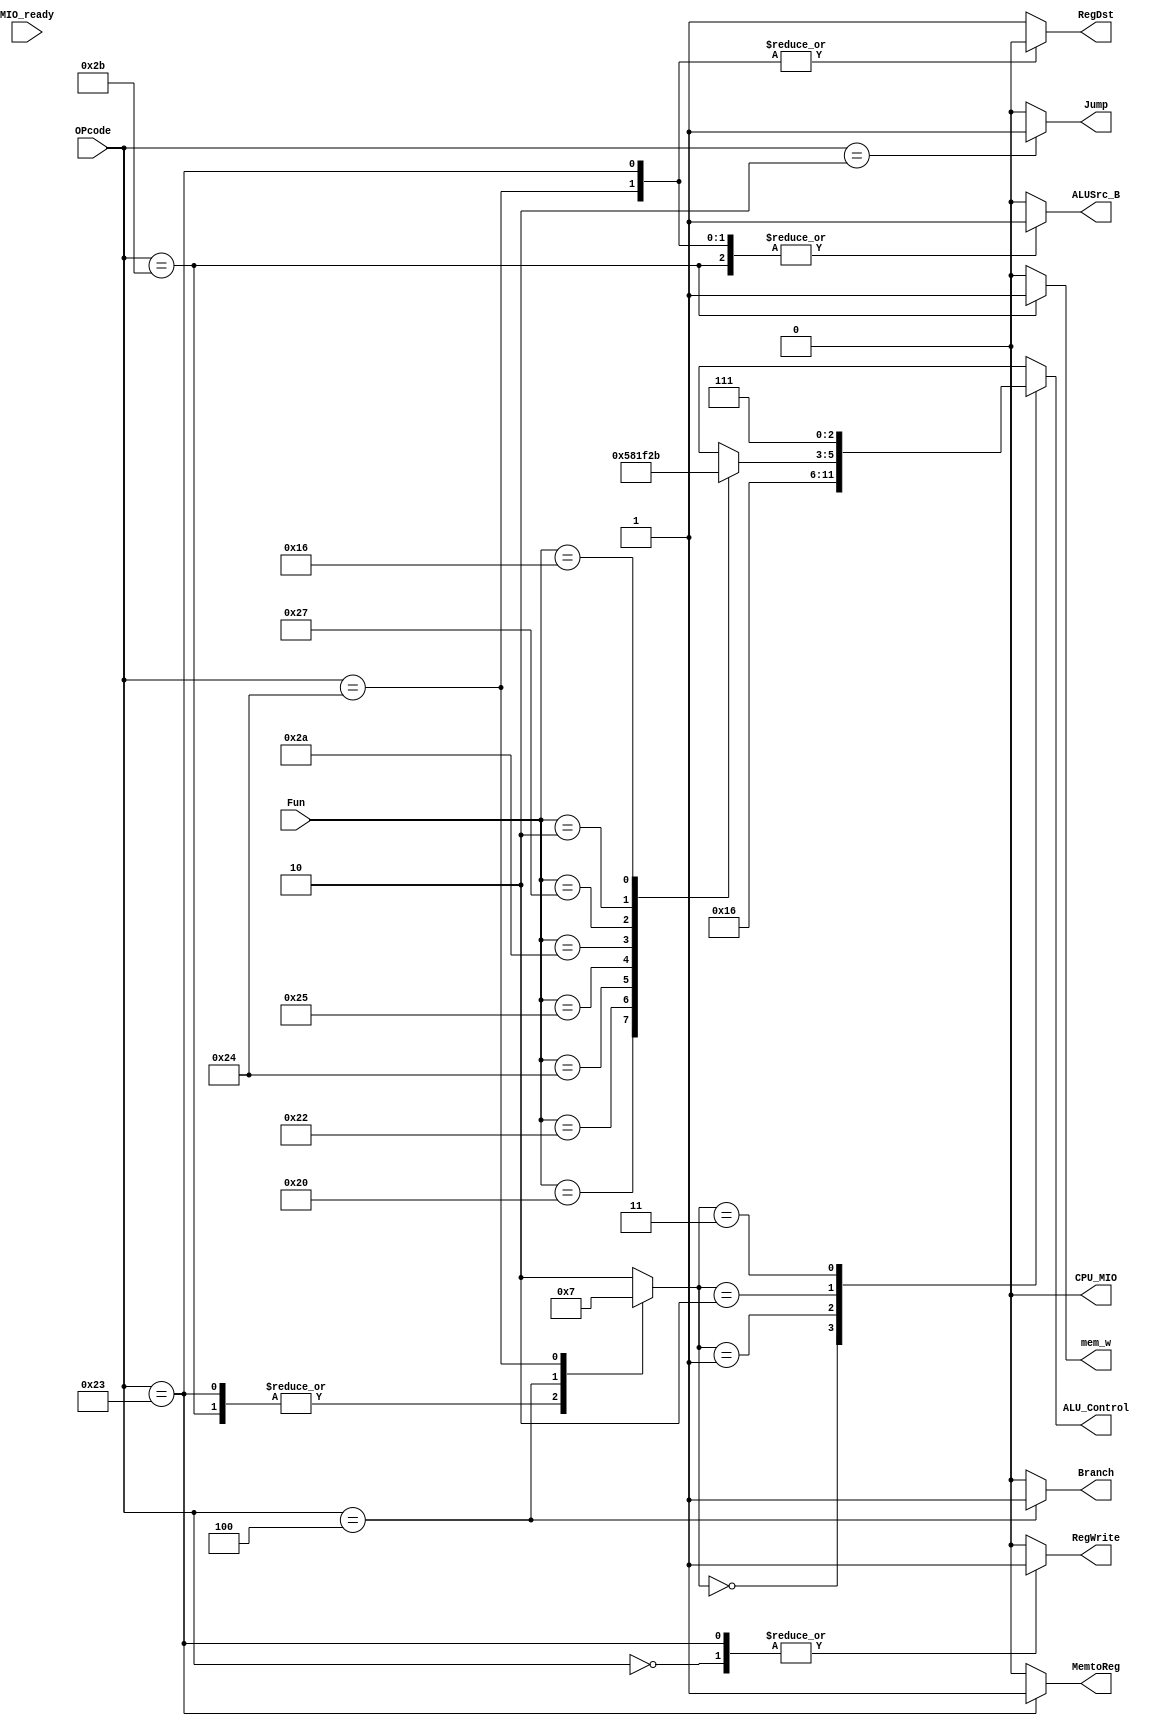
`timescale 1ns / 1ps
//////////////////////////////////////////////////////////////////////////////////
// Company: 
// Engineer: 
// 
// Design Name: 
// Module Name:    SCPU_ctrl 
// Project Name: 
// Target Devices: 
// Tool versions: 
// Description: 
//
// Dependencies: 
//
// Revision: 
// Revision 0.01 - File Created
// Additional Comments: 
//
//////////////////////////////////////////////////////////////////////////////////
module SCPU_ctrl( input[5:0]OPcode,						//OPcode
					   input[5:0]Fun,							//Function						
						input MIO_ready,						//CPU Wait
						
						output reg RegDst,
						output reg ALUSrc_B,
						output reg MemtoReg,
						output reg Jump,
						output reg Branch,
						output reg RegWrite,
						output reg mem_w,
						output reg [2:0]ALU_Control,
						output reg CPU_MIO
					  );
	
	reg [1:0]ALUop;
	
	always @* begin
		RegDst = 1;
		ALUSrc_B = 0;
		ALUop = 2'b10;
		MemtoReg = 0;
		RegWrite = 0;
		mem_w = 0;

		CPU_MIO = 0;
		Branch = 0;
		Jump = 0;
		case(OPcode)
		6'b000000: begin //AlU
						 ALUop = 2'b10;
						 RegDst = 1; 
						 RegWrite = 1;
						 end
		6'b100011: begin //load
						 ALUop = 2'b00;
						 RegDst = 0;
						 ALUSrc_B = 1;
						 MemtoReg = 1;
						 RegWrite = 1;
						 end
		6'b101011: begin //store
						 ALUop = 2'b00;
						 ALUSrc_B = 1;
						 mem_w = 1;
						 end
		6'b000100: begin ALUop = 2'b01;//beq
						 Branch = 1;
						 end
		6'b000010: begin Jump = 1; end//jump
		6'h24		: begin ALUop = 2'b11; RegDst = 0;
							  ALUSrc_B = 1;
							  end//slti
		default: ALUop = 2'b10;
	endcase
end
	always @* begin
		case(ALUop)
		2'b00: ALU_Control = 3'b010;
		2'b01: ALU_Control = 3'b110;
		2'b10:
			case(Fun)
			6'b100000: ALU_Control = 3'b010;
			6'b100010: ALU_Control = 3'b110;
			6'b100100: ALU_Control = 3'b000;
			6'b100101: ALU_Control = 3'b001;
			6'b101010: ALU_Control = 3'b111;
			6'b100111: ALU_Control = 3'b100;
			6'b000010: ALU_Control = 3'b101;
			6'b010110: ALU_Control = 3'b011;
			default: ALU_Control = 3'bx;
			endcase
		2'b11: ALU_Control = 3'b111;
	endcase
end
				
endmodule